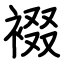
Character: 裰